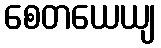
စေတယေယျ